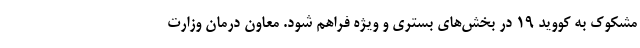
مشکوک به کووید ۱۹ در بخش‌های بستری و ویژه فراهم شود. معاون درمان وزارت